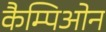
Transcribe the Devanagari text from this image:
कैम्पिओन